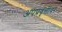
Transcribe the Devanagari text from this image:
अपप्रवृत्तींवर